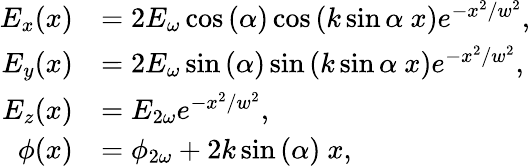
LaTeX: \begin{array}{rl}{E_{x}(x)}&{=2E_{\omega}\cos{(\alpha)}\cos{\left(k\sin{\alpha}\ x\right)}e^{-x^{2}/w^{2}},}\\ {E_{y}(x)}&{=2E_{\omega}\sin{(\alpha)}\sin{\left(k\sin{\alpha}\ x\right)}e^{-x^{2}/w^{2}},}\\ {E_{z}(x)}&{=E_{2\omega}e^{-x^{2}/w^{2}},}\\ {\phi(x)}&{=\phi_{2\omega}+2k\sin{(\alpha)}\ x,}\end{array}